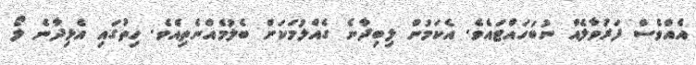
އެއްވެސް ފަރުވާލެއް ނުބަހައްޓައެވެ. އެކަމުން ލިބިދާނެ ގެއްލުމަކަށް ބެލުމެއްނެތިއެވެ. ހިތުގައި އެޅިދާނެ ލޯ